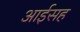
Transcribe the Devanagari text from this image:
आईसह